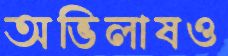
অভিলাষও